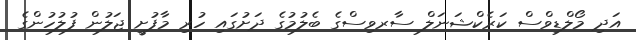
އަދި މޯލްޑިވްސް ކަރެކްޝަނަލް ސާރވިސްގެ ބެލުމުގެ ދަށުގައި ހުރި މާފުށީ ޖަލުން ފުލުހުންގެ